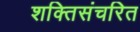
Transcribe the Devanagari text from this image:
शक्तिसंचरित